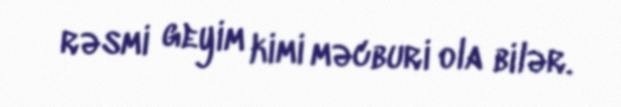
rəsmi geyim kimi məcburi ola bilər.